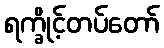
ရက္ခိုင့်တပ်တော်